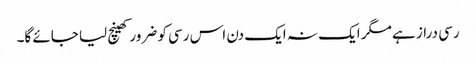
رسی دراز ہے مگر ایک نہ ایک دن اس رسی کو ضرور کھینچ لیا جائے گا۔